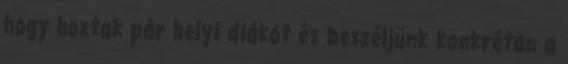
hogy hoztak pár helyi diákot és beszéljünk konkrétan a